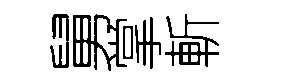
舅掌斬